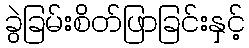
ခွဲခြမ်းစိတ်ဖြာခြင်းနှင့်